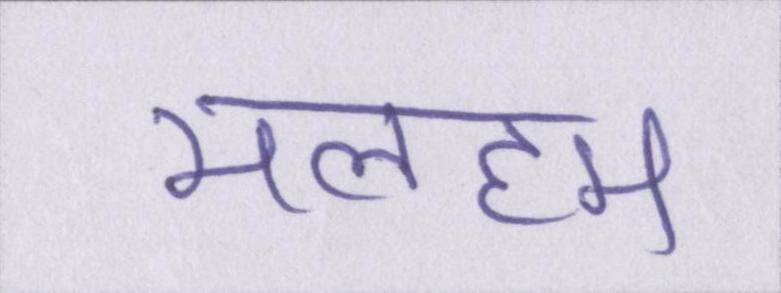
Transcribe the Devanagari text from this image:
मलहम